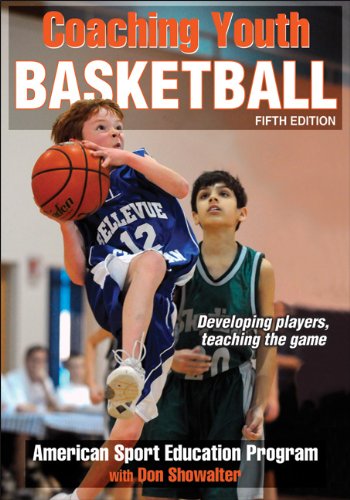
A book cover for Coaching Youth Basketball-5th Edition; American Sport Education Program; Sports & Outdoors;